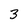
Character: 3